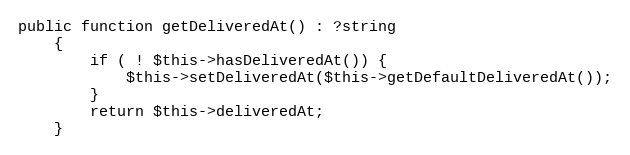
Language: PHP
public function getDeliveredAt() : ?string
    {
        if ( ! $this->hasDeliveredAt()) {
            $this->setDeliveredAt($this->getDefaultDeliveredAt());
        }
        return $this->deliveredAt;
    }